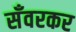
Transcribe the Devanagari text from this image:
सँवरकर